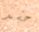
حشد